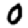
Digit: 0